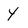
Character: Y